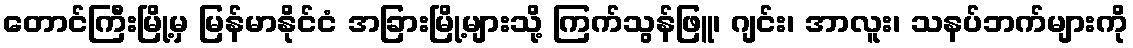
တောင်ကြီးမြို့မှ မြန်မာနိုင်ငံ အခြားမြို့များသို့ ကြက်သွန်ဖြူ၊ ဂျင်း၊ အာလူး၊ သနပ်ဘက်များကို